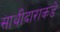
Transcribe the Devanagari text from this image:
साथीदाराकडे